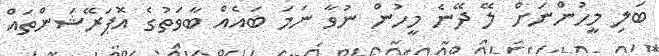
ބަލި މީހުންނަށް ލޭ ދޭނެ މީހުން ނުވާ ނަމަ ބައެއް ބާވަތުގެ އޮޕަރޭޝަންތައް